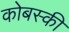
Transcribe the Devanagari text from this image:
कोबस्की